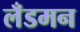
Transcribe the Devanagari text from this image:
लँडमन